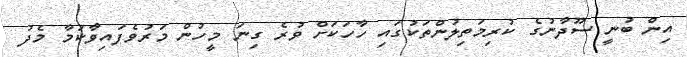
އިން ބުނީ ސޫދާނުގެ ކުރިމަތިލުންތަކުގައި ހާހަކަށް ވުރެ ގިނަ މީހުން މަރުވެފައިިވާކަމާ މެދު